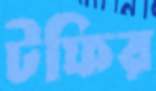
টফির